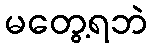
မတွေ့ရဘဲ